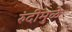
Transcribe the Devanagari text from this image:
रुंदीमुळे